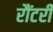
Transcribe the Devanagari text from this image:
रौंटरी